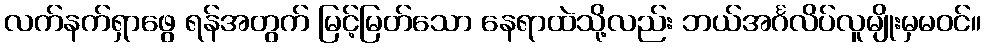
လက်နက်ရှာဖွေ ရန်အတွက် မြင့်မြတ်သော နေရာထဲသို့လည်း ဘယ်အင်္ဂလိပ်လူမျိုးမှမဝင်။